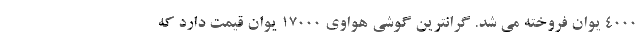
۴۰۰۰ یوان فروخته می شد. گرانترین گوشی هواوی ۱۷۰۰۰ یوان قیمت دارد که